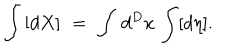
\int \, [ d X ] \, \, = \, \, \int \, d ^ { D } x \, \int [ d \eta ] .